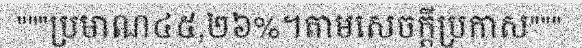
"""ប្រមាណ៤៥,២៦%។តាមសេចក្តីប្រកាស"""